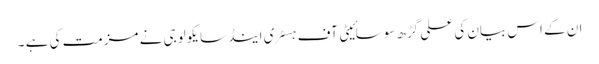
ان کے اس بیان کی علی گڑھ سوسائیٹی آف ہسٹری اینڈسایکولوجی نے مزمت کی ہے ۔